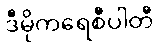
ဒီမိုကရေစီပါတီ